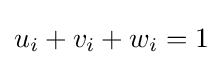
u_{i}+v_{i}+w_{i}=1